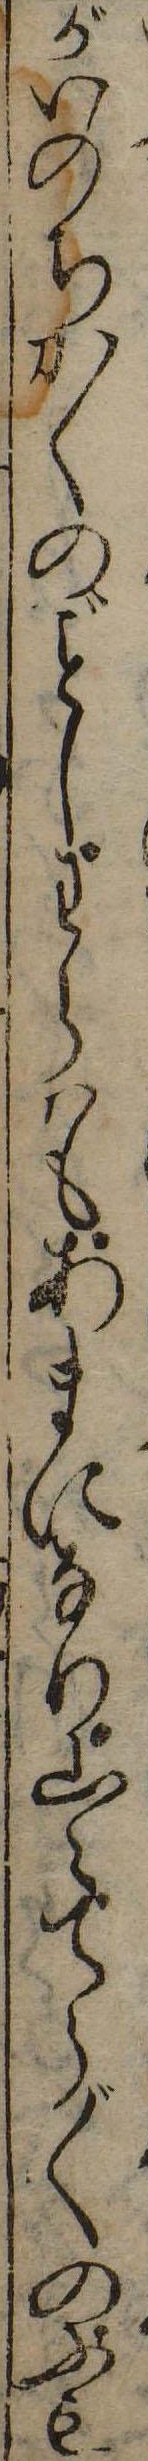
がいのちかくのしわらはもあまになり山々てら〲のふも